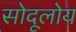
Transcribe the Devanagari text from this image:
सोदूलोय